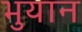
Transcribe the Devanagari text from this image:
भुयान